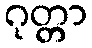
ဂုတ္တာ